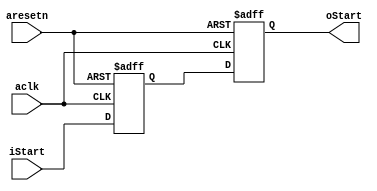
module Delay_2_Data(
	input  aclk,
	input  aresetn,
	input  [31:0] iStart,
	output [31:0] oStart
);

reg [31:0] Start_Delay [1:0]; // 

always @(posedge aclk or negedge aresetn) begin
    if(!aresetn) begin
        Start_Delay[0] <= 0;
        Start_Delay[1] <= 0;
    end
    else begin
        Start_Delay[0] <= iStart;
        Start_Delay[1] <= Start_Delay[0];
    end
end

assign oStart = Start_Delay[1];

endmodule